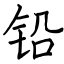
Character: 铅